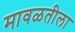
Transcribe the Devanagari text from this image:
मावळतीला